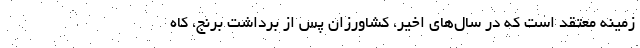
زمینه معتقد است که در سال‌های اخیر، کشاورزان پس از برداشت برنج، کاه